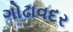
ગોઢાવદર